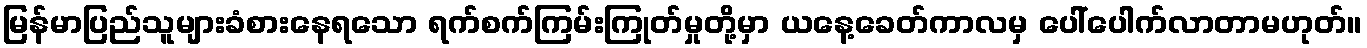
မြန်မာပြည်သူများခံစားနေရသော ရက်စက်ကြမ်းကြုတ်မှုတို့မှာ ယနေ့ခေတ်ကာလမှ ပေါ်ပေါက်လာတာမဟုတ်။